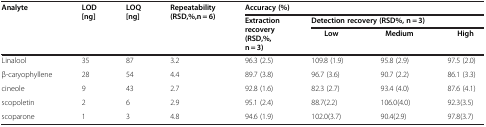
<table><thead><tr><td rowspan="3"><b>Analyte</b></td><td rowspan="3"><b>LOD[ng]</b></td><td rowspan="3"><b>LOQ[ng]</b></td><td rowspan="3"><b>Repeatability(RSD,%,n = 6)</b></td><td colspan="4"><b>Accuracy (%)</b></td></tr><tr><td rowspan="2"><b>Extraction recovery(RSD,%, n = 3)</b></td><td colspan="3"><b>Detection recovery (RSD%, n = 3)</b></td></tr><tr><td><b>Low</b></td><td><b>Medium</b></td><td><b>High</b></td></tr></thead><tbody><tr><td>Linalool</td><td>35</td><td>87</td><td>3.2</td><td>96.3 (2.5)</td><td>109.8 (1.9)</td><td>95.8 (2.9)</td><td>97.5 (2.0)</td></tr><tr><td>β-caryophyllene</td><td>28</td><td>54</td><td>4.4</td><td>89.7 (3.8)</td><td>96.7 (3.6)</td><td>90.7 (2.2)</td><td>86.1 (3.3)</td></tr><tr><td>cineole</td><td>9</td><td>43</td><td>2.7</td><td>92.8 (1.6)</td><td>82.3 (2.7)</td><td>93.4 (4.0)</td><td>87.6 (4.1)</td></tr><tr><td>scopoletin</td><td>2</td><td>6</td><td>2.9</td><td>95.1 (2.4)</td><td>88.7(2.2)</td><td>106.0(4.0)</td><td>92.3(3.5)</td></tr><tr><td>scoparone</td><td>1</td><td>3</td><td>4.8</td><td>94.6 (1.9)</td><td>102.0(3.7)</td><td>90.4(2.9)</td><td>97.8(3.7)</td></tr></tbody></table>